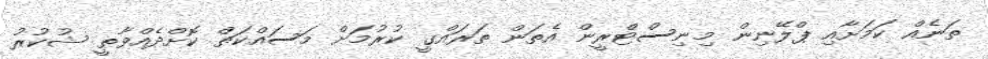
ތަނެއް ކަމަށާއި ޕްލޭނިން މިނިސްޓްރީން އެތަން ތަރައްގީ ކުރުމަށް މަސައްކަތް ކޮށްދެއްވާތީ ޝުކުރު